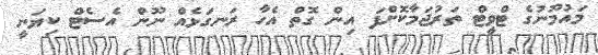
މައުމޫނުގެ ޓްވީޓް ތަރުޖަމާކޮށްފަ އިން ގޮތް އެހާ ރަނގަޅެއް ނޫން އެސެޓް ކިޔަނީ